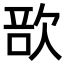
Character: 𣣂